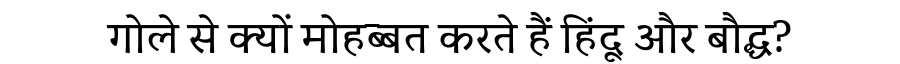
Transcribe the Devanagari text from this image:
गोले से क्यों मोहब्बत करते हैं हिंदू और बौद्ध?